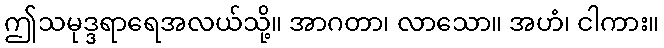
ဤသမုဒ္ဒရာရေအလယ်သို့။ အာဂတာ၊ လာသော။ အဟံ၊ ငါကား။